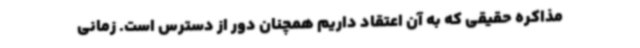
مذاکره حقیقی که به آن اعتقاد داریم همچنان دور از دسترس است. زمانی